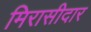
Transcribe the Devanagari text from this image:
मिरासीदार